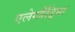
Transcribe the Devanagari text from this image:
एलेग्ज़ैंड्रिया